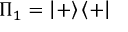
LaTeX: \Pi _ { 1 } = \left\vert + \right\rangle \left\langle + \right\vert